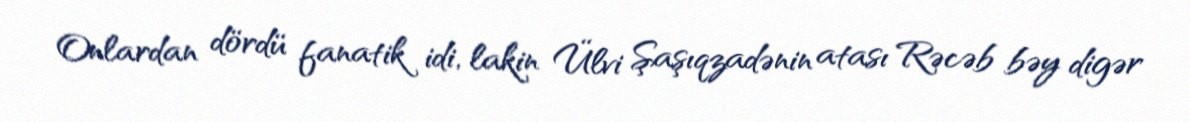
Onlardan dördü fanatik idi, lakin Ülvi Şaşıqzadənin atası Rəcəb bəy digər